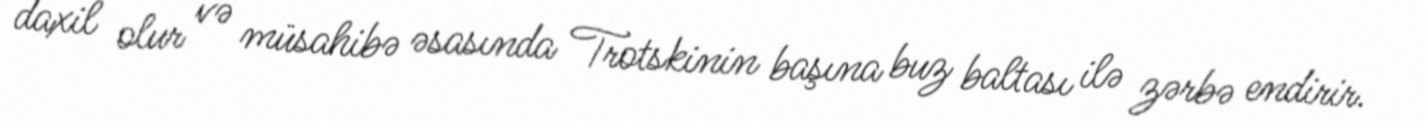
daxil olur və müsahibə əsasında Trotskinin başına buz baltası ilə zərbə endirir.